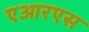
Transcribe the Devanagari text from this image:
एआरएस